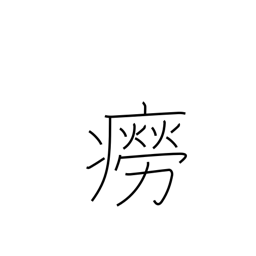
Meaning: rash